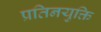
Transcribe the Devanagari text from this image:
प्रतिनयुक्ति